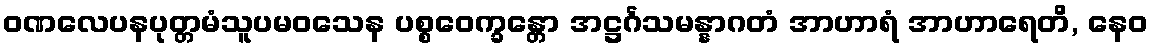
ဝဏလေပနပုတ္တမံသူပမဝသေန ပစ္စဝေက္ခန္တော အဋ္ဌင်္ဂသမန္နာဂတံ အာဟာရံ အာဟာရေတိ, နေဝ